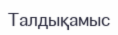
Талдықамыс